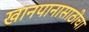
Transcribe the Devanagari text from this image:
खानपानासाठीचा